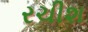
રચીશ